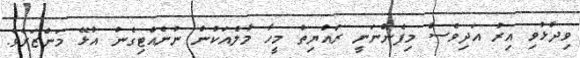
ވިދާޅުވި އިރު އަދިވެސް މިފެންނަނީ ރައްޔިތު މީހާ މާލެއަކުން ނުނެއްޓިގެން އުޅޭ މަންޒަރެވެ.